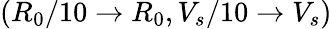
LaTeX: (R_{0}/10\to R_{0},V_{s}/10\to V_{s})